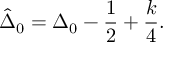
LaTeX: \hat { \Delta } _ { 0 } = \Delta _ { 0 } - \frac { 1 } { 2 } + \frac { k } { 4 } .